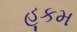
હૂકમ